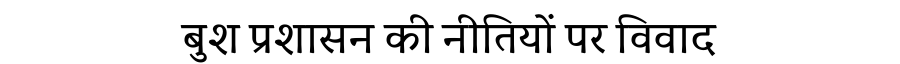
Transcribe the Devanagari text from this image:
बुश प्रशासन की नीतियों पर विवाद